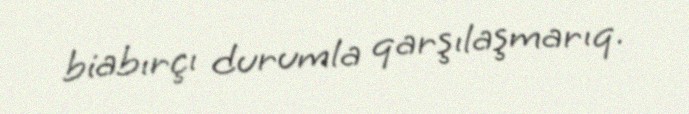
biabırçı durumla qarşılaşmarıq.